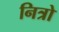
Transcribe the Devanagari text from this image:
नित्रो